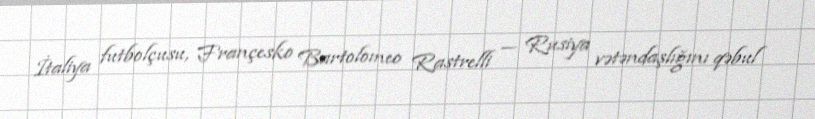
İtaliya futbolçusu, Françesko Bartolomeo Rastrelli — Rusiya vətəndaşlığını qəbul